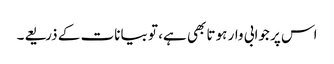
اس پر جوابی وار ہوتا بھی ہے، تو بیانات کے ذریعے۔